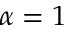
\alpha = 1